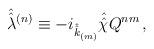
LaTeX: \begin{align*}\hat{\hat{\lambda}}{}^{(n)} \equiv-i_{\hat{\hat{k}}_{\scriptscriptstyle (m)}}\hat{\hat{\chi}} Q^{nm} \, ,\end{align*}